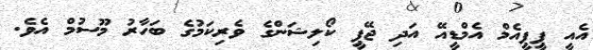
އެއީ ޕީޕީއެމް އެމްޑީއޭ އަދި ޖޭޕީ ކޯލިޝަންގެ ވެރިކަމުގެ ބަހާރު މޫސުމް އެވެ.